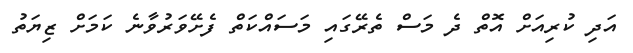
އަދި ކުރިއަށް އޮތް ދެ މަސް ތެރޭގައި މަސައްކަތް ފެށޭވަރުވާނެ ކަމަށް ޒިޔަތު